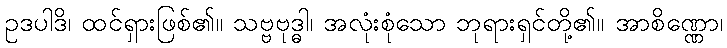
ဥဒပါဒိ၊ ထင်ရှားဖြစ်၏။ သဗ္ဗဗုဒ္ဓါ၊ အလုံးစုံသော ဘုရားရှင်တို့၏။ အာစိဏ္ဏော၊